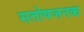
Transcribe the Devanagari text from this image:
सतोषजनक